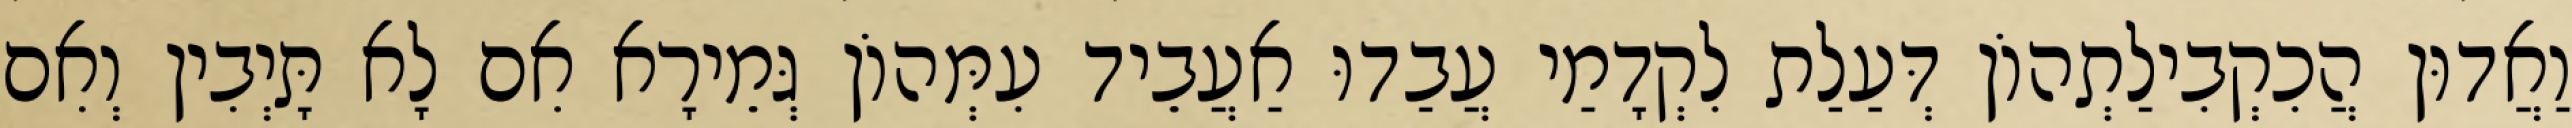
וַאֲדוּן הֲכִקְבִילַתְהוֹן דְּעַלַת לִקְדָמַי עֲבַדוּ אַעֲבֵיד עִמְּהוֹן גְּמֵירָא אִם לָא תָּיְבִין וְאִם